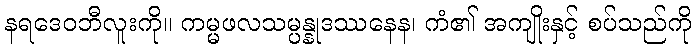
နရဒေဝဘီလူးကို။ ကမ္မဖလသမ္ပန္နုဒဿနေန၊ ကံ၏ အကျိုးနှင့် စပ်သည်ကို